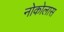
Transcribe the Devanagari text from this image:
नोकोलास